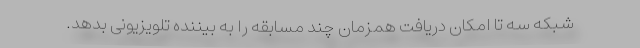
شبکه سه تا امکان دریافت همزمان چند مسابقه را به بیننده تلویزیونی بدهد.